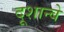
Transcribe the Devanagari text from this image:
दूशान्बे